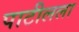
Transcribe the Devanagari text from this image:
पाटीलला